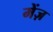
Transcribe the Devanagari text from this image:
मेंज़